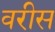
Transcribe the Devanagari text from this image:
वरीस